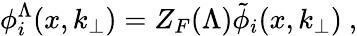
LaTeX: \phi_{i}^{\Lambda}(x,k_{\perp})=Z_{F}(\Lambda)\tilde{\phi}_{i}(x,k_{\perp})\ ,